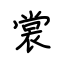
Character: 裳